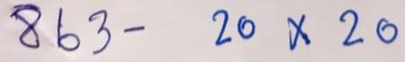
863 - 20 x 20